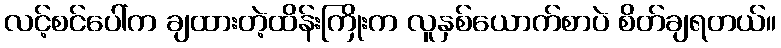
လင့်စင်ပေါ်က ချထားတဲ့ထိန်းကြိုးက လူနှစ်ယောက်စာပဲ စိတ်ချရတယ်။